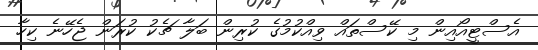
އެސްޓީއޯއިން މި ކޭސްތައް ވިއްކުމުގެ ކުރިން ބަލާ ޗެކު ކުރަން ޖެހޭނެ ކިހާ